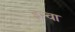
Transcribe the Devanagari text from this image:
इन्वा